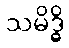
သမိဒ္ဓိ